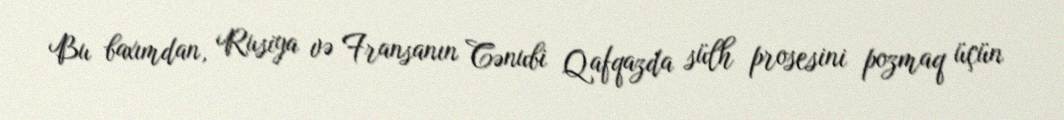
Bu baxımdan, Rusiya və Fransanın Cənubi Qafqazda sülh prosesini pozmaq üçün